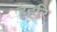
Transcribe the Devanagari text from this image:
हहरि